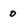
Character: o